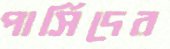
পার্সিদের